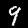
Label: 9